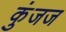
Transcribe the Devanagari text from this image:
कुंजज